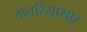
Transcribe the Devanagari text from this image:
कतरियासार